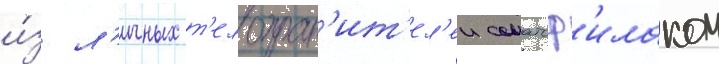
и́з л'ичных т'елохран'ит'ел'еи соматоф'илаком